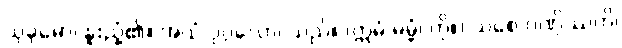
သုခုမော၊ နူးညံ့၏။ အယံ ပုဂ္ဂလော၊ သည်။ (ဣမံ ဓမ္မံ၊ ကို။) သစေ ဂဏှိဿတိ၊